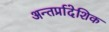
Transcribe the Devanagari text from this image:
अन्तर्प्रादेशिक